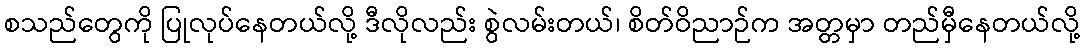
စသည်တွေကို ပြုလုပ်နေတယ်လို့ ဒီလိုလည်း စွဲလမ်းတယ်၊ စိတ်ဝိညာဉ်က အတ္တမှာ တည်မှီနေတယ်လို့